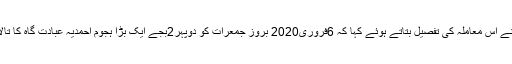
ترجمان جماعت احمدیہ نے اس معاملہ کی تفصیل بتاتے ہوئے کہا کہ 6فروری2020 بروز جمعرات کو دوپہر2بجے ایک بڑا ہجوم احمدیہ عبادت گاہ کا تالا توڑکراندر داخل ہو گیا۔